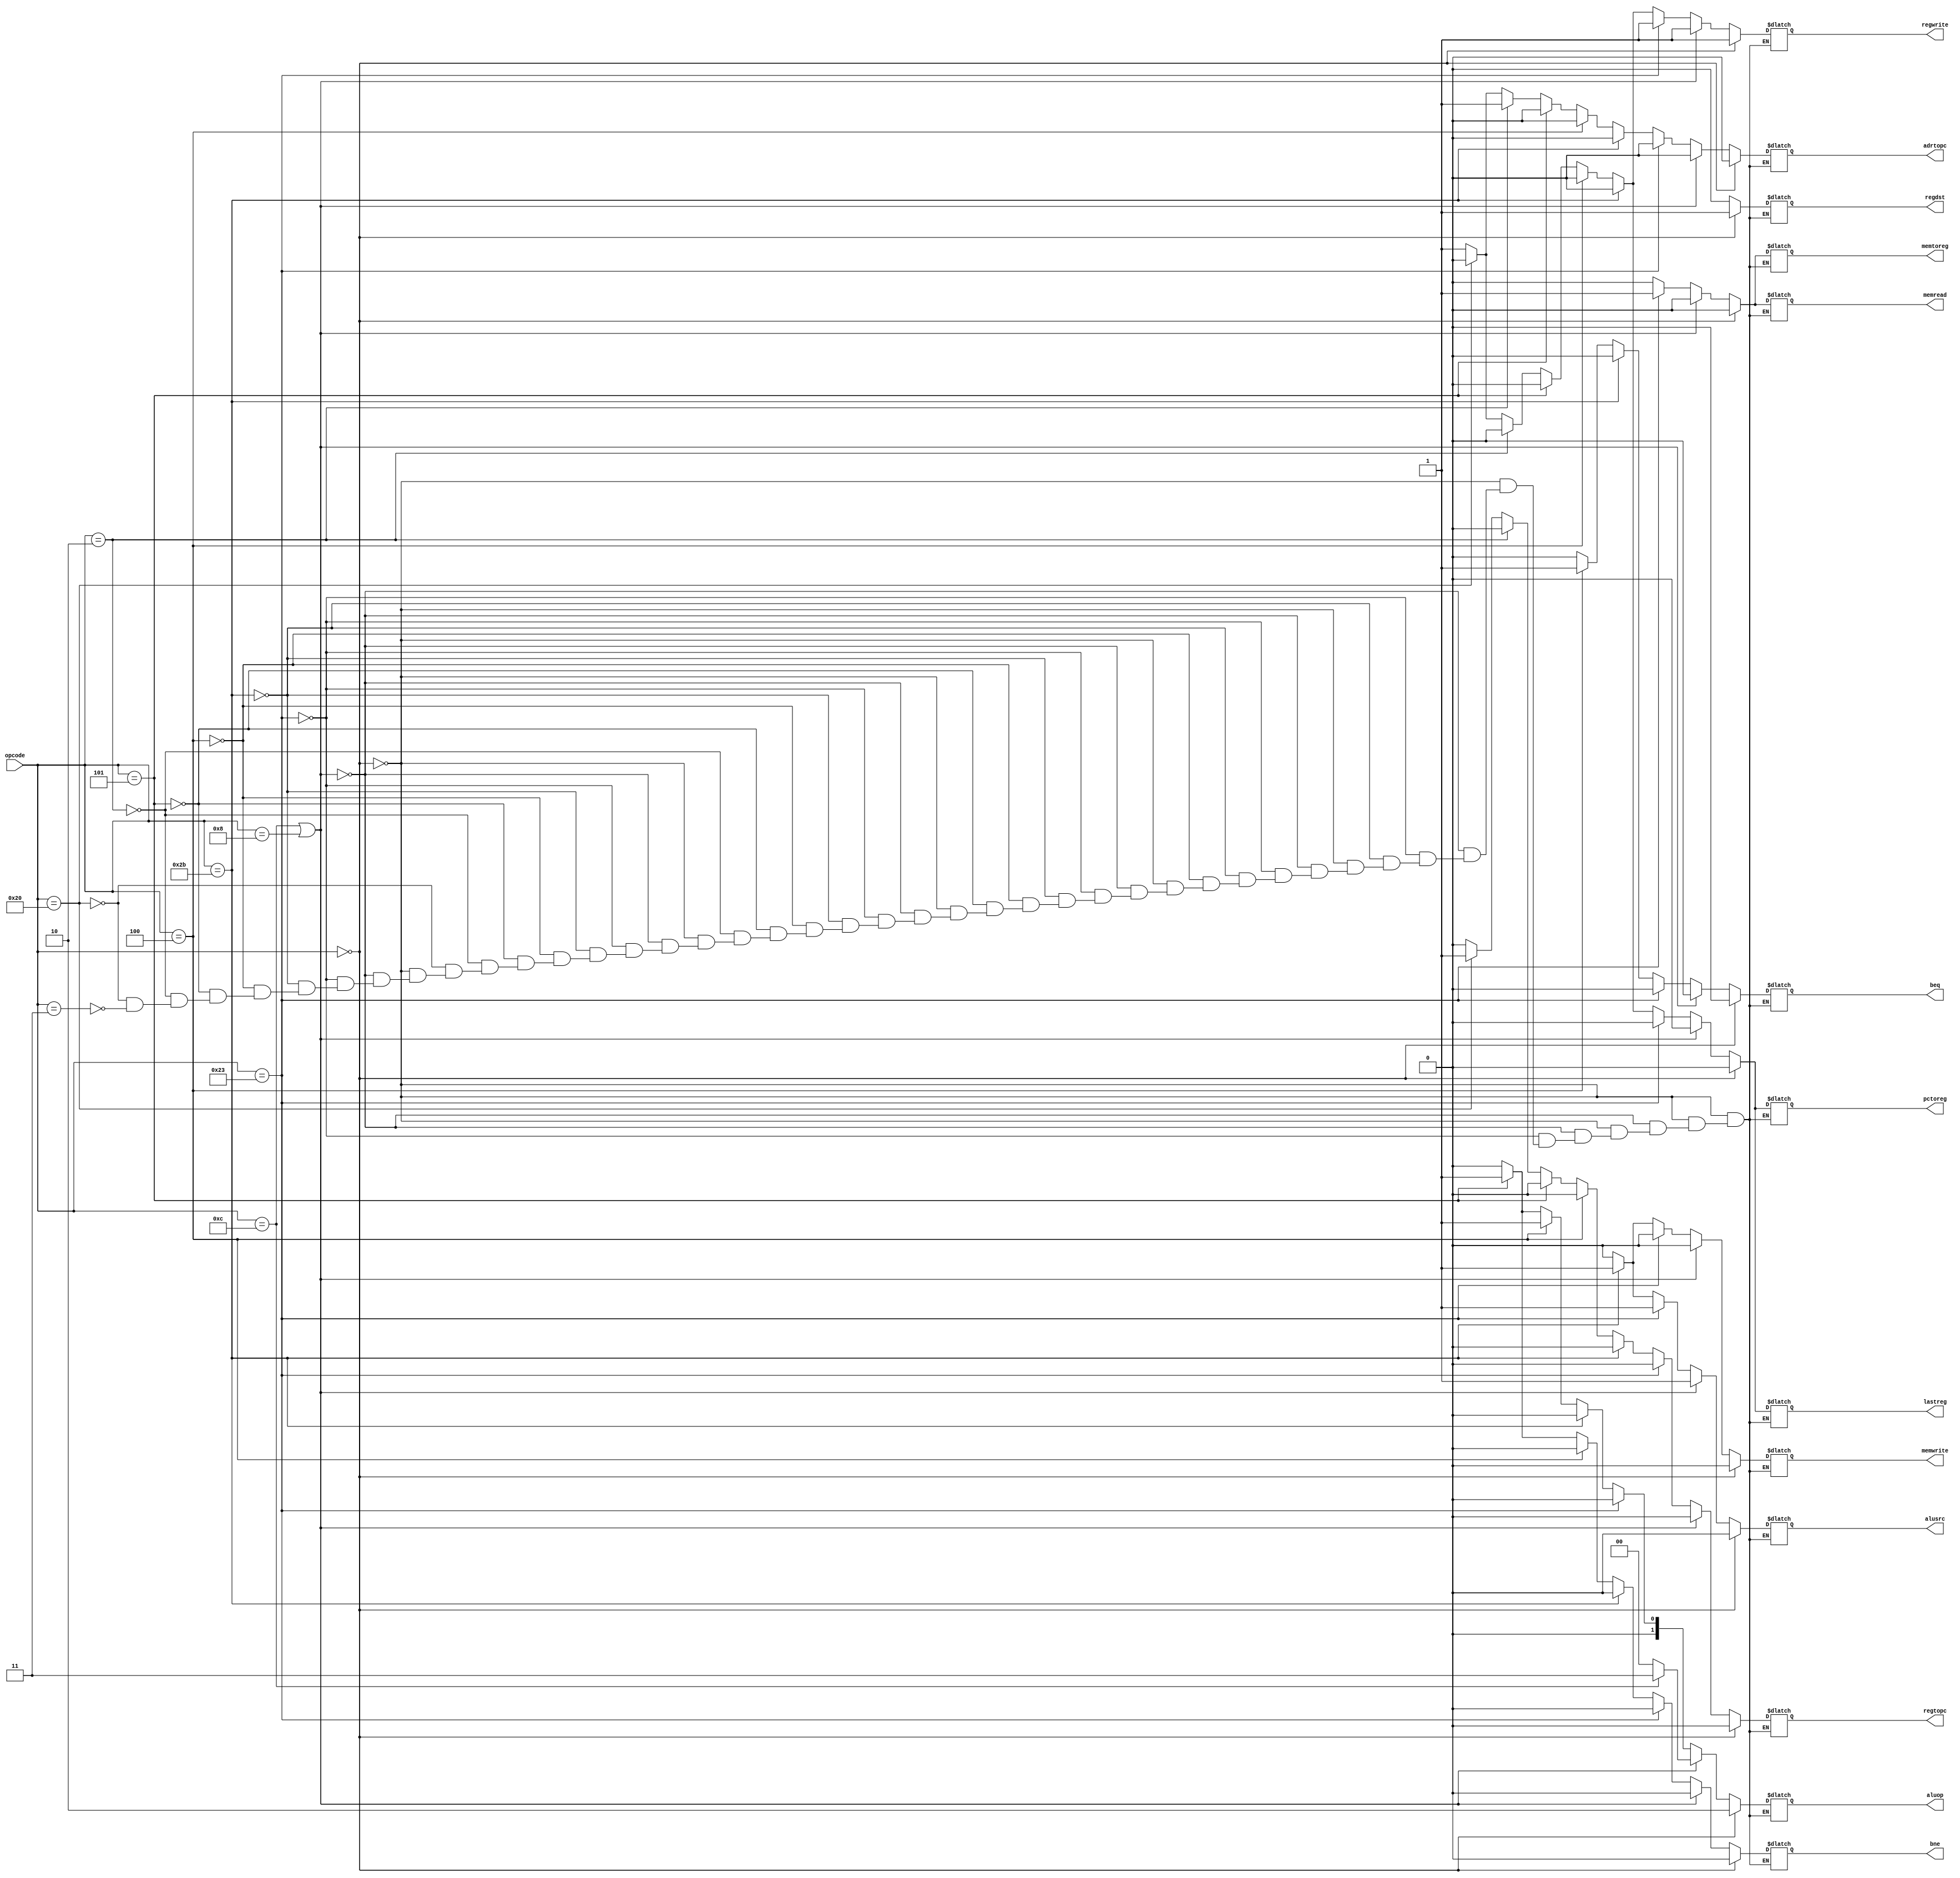
module SignalController(input [5:0] opcode, output reg adrtopc, lastreg, regtopc,
                        alusrc, regwrite, beq, bne, memread, memwrite,
                        memtoreg, pctoreg, regdst, output reg [1:0] aluop);
    always@(opcode)begin
      if(opcode == 6'b000000)begin // r_type
        {adrtopc,lastreg,regtopc,alusrc,regwrite,beq,bne,memread,memwrite,memtoreg,pctoreg,regdst} = 12'b000010000001;
        aluop = 2'b10;
      end
      else if(opcode == 6'b001100 || opcode == 6'b001000)begin //addi andi
        {adrtopc,lastreg,regtopc,alusrc,regwrite,beq,bne,memread,memwrite,memtoreg,pctoreg,regdst} = 12'b000110000000;
        aluop = (opcode == 6'b001100) ? 2'b11 : 2'b00;
      end
      else if(opcode == 6'b100011)begin //lw
        {adrtopc,lastreg,regtopc,alusrc,regwrite,beq,bne,memread,memwrite,memtoreg,pctoreg,regdst} = 12'b000110010100;
        aluop = 2'b00;
      end
      else if(opcode == 6'b101011)begin //sw
        {adrtopc,lastreg,regtopc,alusrc,regwrite,beq,bne,memread,memwrite,memtoreg,pctoreg,regdst} = 12'b000100001000;
        aluop = 2'b00;
      end
      else if(opcode == 6'b000100)begin //beq
        {adrtopc,lastreg,regtopc,alusrc,regwrite,beq,bne,memread,memwrite,memtoreg,pctoreg,regdst} = 12'b000001000000;
        aluop = 2'b01;
      end
      else if(opcode == 6'b000101)begin //bne
        {adrtopc,lastreg,regtopc,alusrc,regwrite,beq,bne,memread,memwrite,memtoreg,pctoreg,regdst} = 12'b000000100000;
        aluop = 2'b01;
      end
      else if(opcode == 6'b000010)begin //j
        {adrtopc,lastreg,regtopc,alusrc,regwrite,beq,bne,memread,memwrite,memtoreg,pctoreg,regdst} = 12'b100000000000;
        aluop = 2'b00;
      end
      else if(opcode == 6'b100000)begin //jr
        {adrtopc,lastreg,regtopc,alusrc,regwrite,beq,bne,memread,memwrite,memtoreg,pctoreg,regdst} = 12'b001000000000;
        aluop = 2'b00;
      end
      else if(opcode == 6'b000011)begin//jal
        {adrtopc,lastreg,regtopc,alusrc,regwrite,beq,bne,memread,memwrite,memtoreg,pctoreg,regdst} = 12'b110010000010;
        aluop = 2'b00;
      end
    end
endmodule

module ALUControllerC(input [1:0] aluop, input [5:0] funccode, output reg [2:0] aluoperation);
    always@(aluop, funccode)begin
      if(aluop == 2'b10)begin
        if(funccode == 6'b100000) aluoperation = 3'b010;
        else if(funccode == 6'b100100) aluoperation = 3'b000;
        else if(funccode == 6'b100101) aluoperation = 3'b001;
        else if(funccode == 6'b100010) aluoperation = 3'b011;
        else if(funccode == 6'b101010) aluoperation = 3'b100;
      end
      else if(aluop == 2'b00) aluoperation = 3'b010;
      else if(aluop == 2'b01) aluoperation = 3'b011;
      else if(aluop == 2'b11) aluoperation = 3'b000;
    end
endmodule

module MIPS_Controller(input [5:0] opcode, funccode, input zero, output adrtopc,
                        lastreg, regtopc, alusrc, regwrite, memread, memwrite,
                        memtoreg, pctoreg, regdst, pcsrc, output [2:0] aluopr);
    wire be,bn;
    wire [1:0] op;
    SignalController sc(opcode, adrtopc, lastreg, regtopc, alusrc, regwrite, be, bn, memread, memwrite, memtoreg, pctoreg, regdst, op);
    ALUControllerC aluc(op, funccode, aluopr);
    assign pcsrc = (zero & be) | ((~zero) & bn);
endmodule